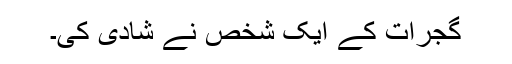
گجرات کے ایک شخص نے شادی کی۔